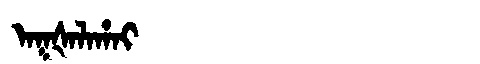
Manchu: ᠠᡴᡧᠠᠯᠠᡥᠠᡳ
Romanization: AKŠALAHAI